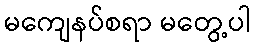
မကျေနပ်စရာ မတွေ့ပါ